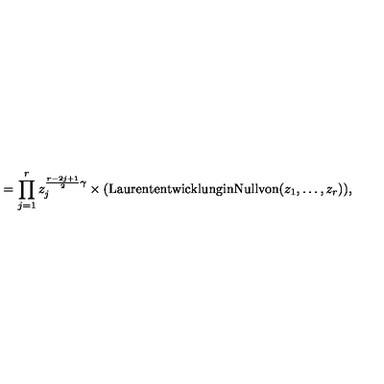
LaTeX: = \prod _ { j = 1 } ^ { r } z _ { j } ^ { \frac { r - 2 j + 1 } { 2 } \gamma } \times \mathrm { ( L a u r e n t e n t w i c k l u n g i n N u l l v o n } ( z _ { 1 } , \ldots , z _ { r } ) ) ,